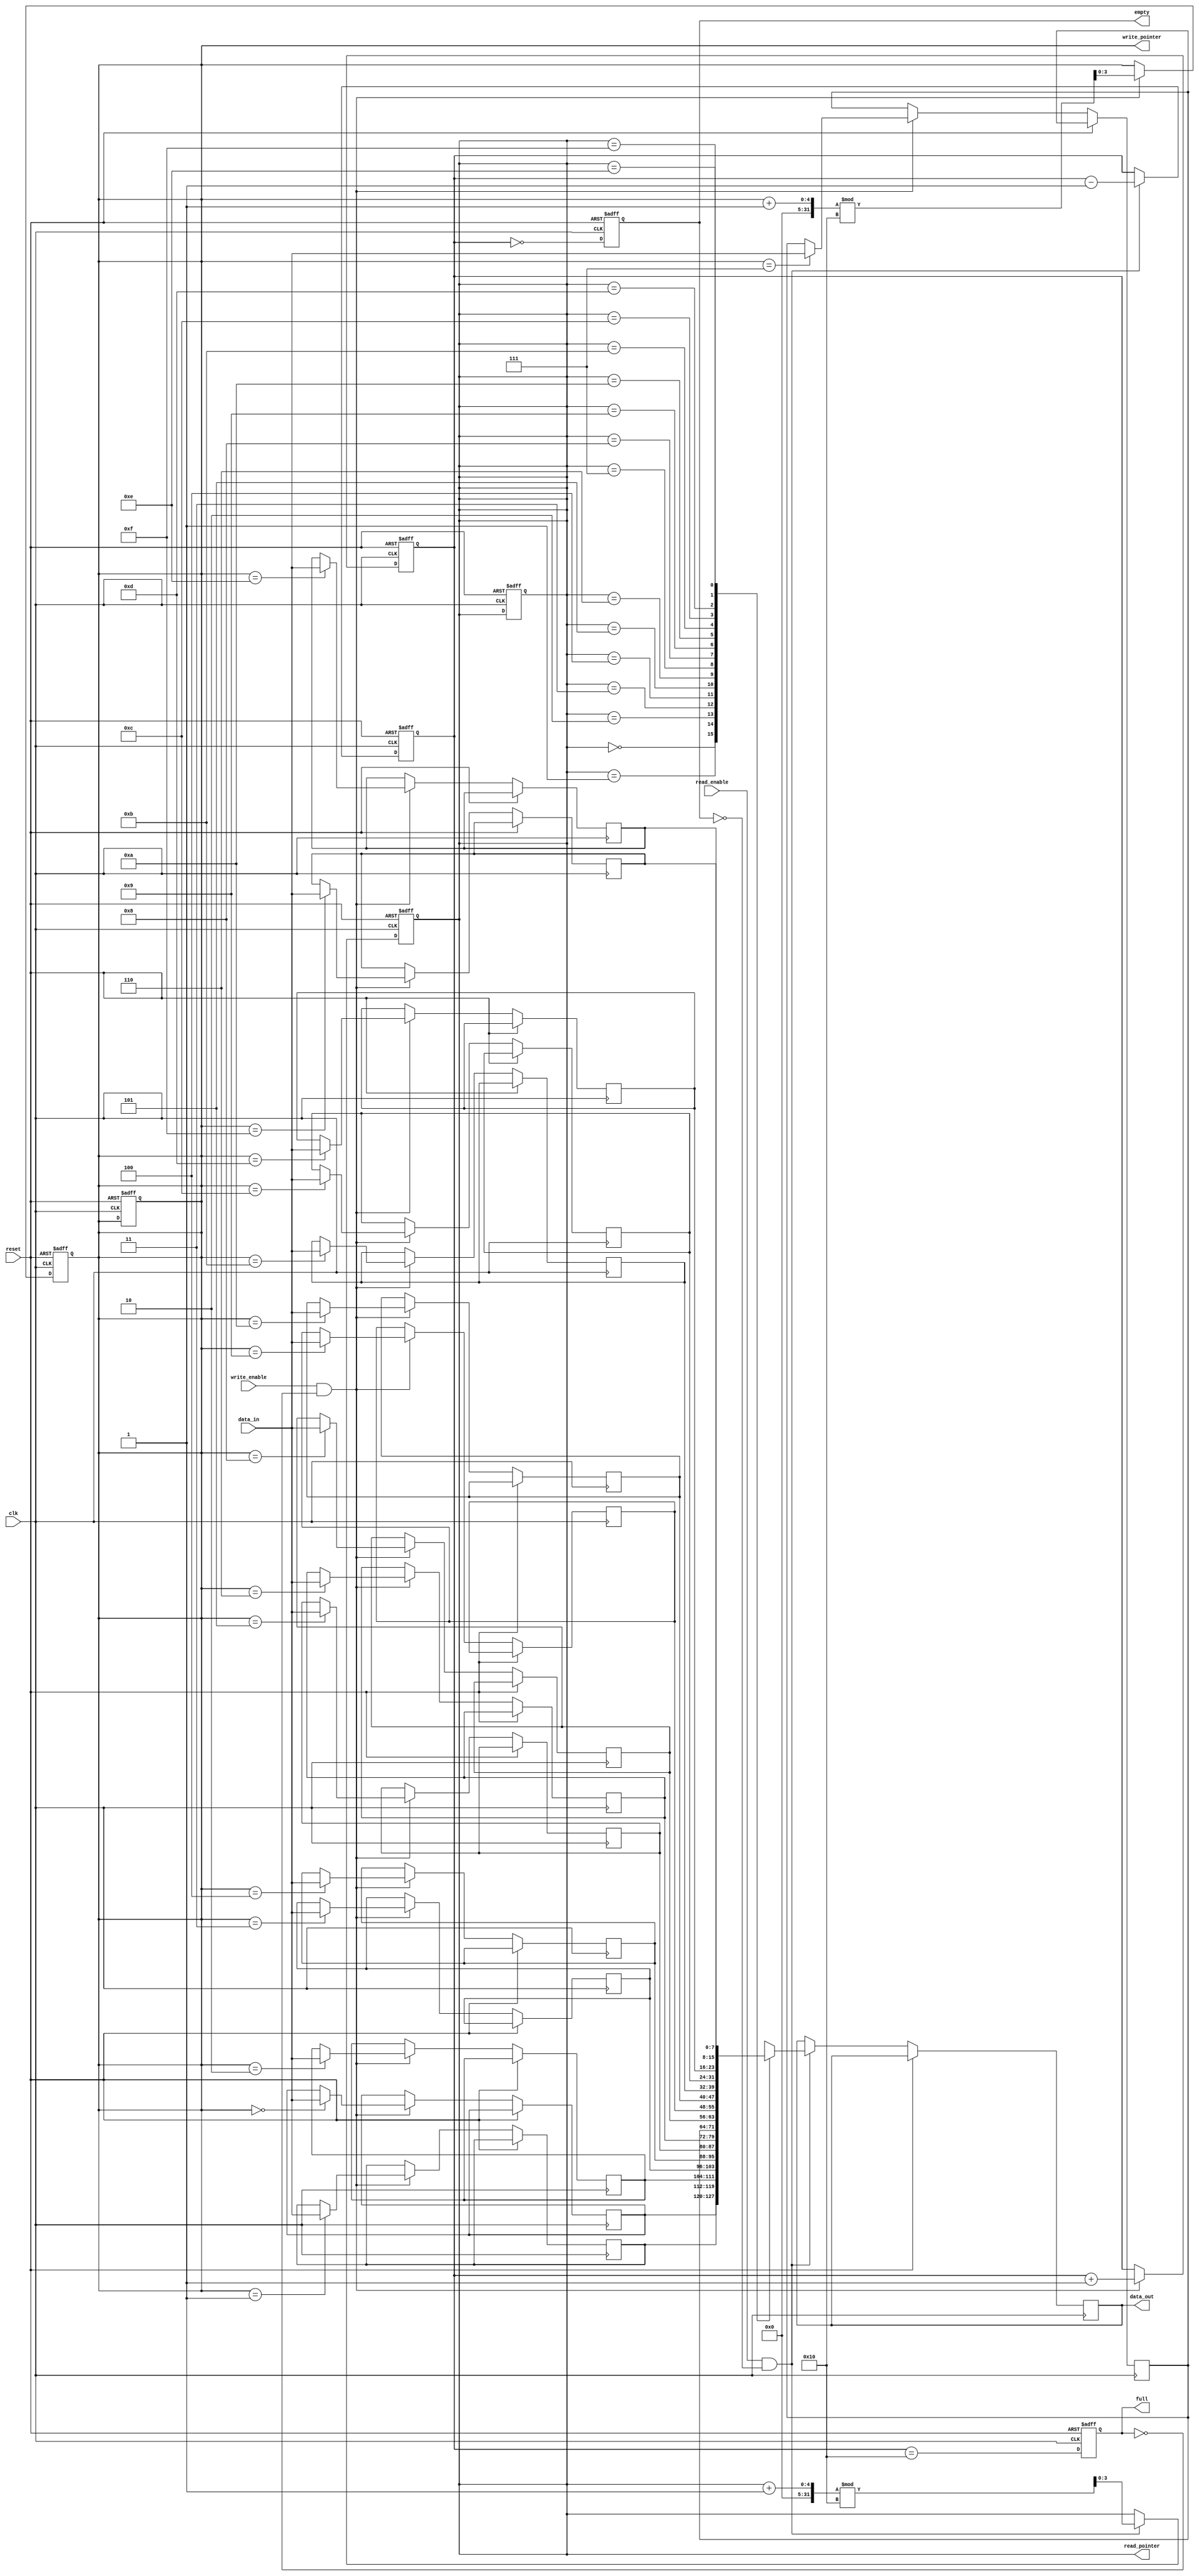
module parameterized_fifo #(
    parameter DATA_WIDTH = 8,          // Width of the data bus
    parameter FIFO_DEPTH = 16           // Depth of the FIFO
) (
    input wire clk,                     // Clock signal
    input wire reset,                   // Active-high reset signal
    input wire [DATA_WIDTH-1:0] data_in, // Input data bus
    input wire write_enable,            // Write enable signal
    input wire read_enable,             // Read enable signal
    output reg [DATA_WIDTH-1:0] data_out, // Output data bus
    output reg full,                    // FIFO full status
    output reg empty,                   // FIFO empty status
    output reg [$clog2(FIFO_DEPTH)-1:0] write_pointer, // Write pointer
    output reg [$clog2(FIFO_DEPTH)-1:0] read_pointer   // Read pointer
);

    // Internal memory array to store FIFO entries
    reg [DATA_WIDTH-1:0] fifo_mem [0:FIFO_DEPTH-1];
    reg [$clog2(FIFO_DEPTH):0] count; // Counter for number of items in FIFO

    // Initialize the FIFO
    initial begin
        write_pointer = 0;
        read_pointer = 0;
        count = 0;
        full = 0;
        empty = 1;
    end

    // Write operation
    always @(posedge clk or posedge reset) begin
        if (reset) begin
            write_pointer <= 0;
            read_pointer <= 0;
            count <= 0;
            full <= 0;
            empty <= 1;
        end else begin
            if (write_enable && !full) begin
                fifo_mem[write_pointer] <= data_in; // Write data to FIFO
                write_pointer <= (write_pointer + 1) % FIFO_DEPTH; // Circular increment
                count <= count + 1; // Increment count
            end
            // Update full and empty flags
            full <= (count == FIFO_DEPTH);
            empty <= (count == 0);
        end
    end

    // Read operation
    always @(posedge clk or posedge reset) begin
        if (reset) begin
            write_pointer <= 0;
            read_pointer <= 0;
            count <= 0;
            full <= 0;
            empty <= 1;
        end else begin
            if (read_enable && !empty) begin
                data_out <= fifo_mem[read_pointer]; // Read data from FIFO
                read_pointer <= (read_pointer + 1) % FIFO_DEPTH; // Circular increment
                count <= count - 1; // Decrement count
            end
            // Update full and empty flags
            full <= (count == FIFO_DEPTH);
            empty <= (count == 0);
        end
    end

endmodule